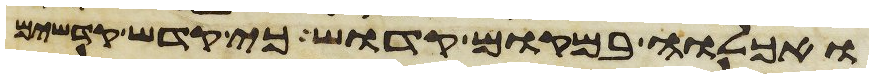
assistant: ואכלוה במקום קדוש כי קדש קדשים